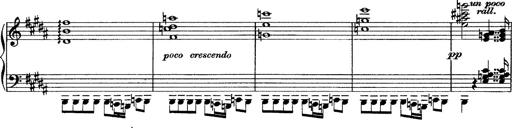
Title: Piano Sonata
Composer: Karl HÃ¤ssler
Key: C major